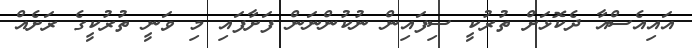
އައިއެސްއާ ދެކޮޅަށް ތުރުކީ ސިފައިން ނުކުންނަން ފަށާފައި މި ވަނީ ތުރުކީގެ ރަށެއް